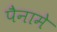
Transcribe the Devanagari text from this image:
पैनामे